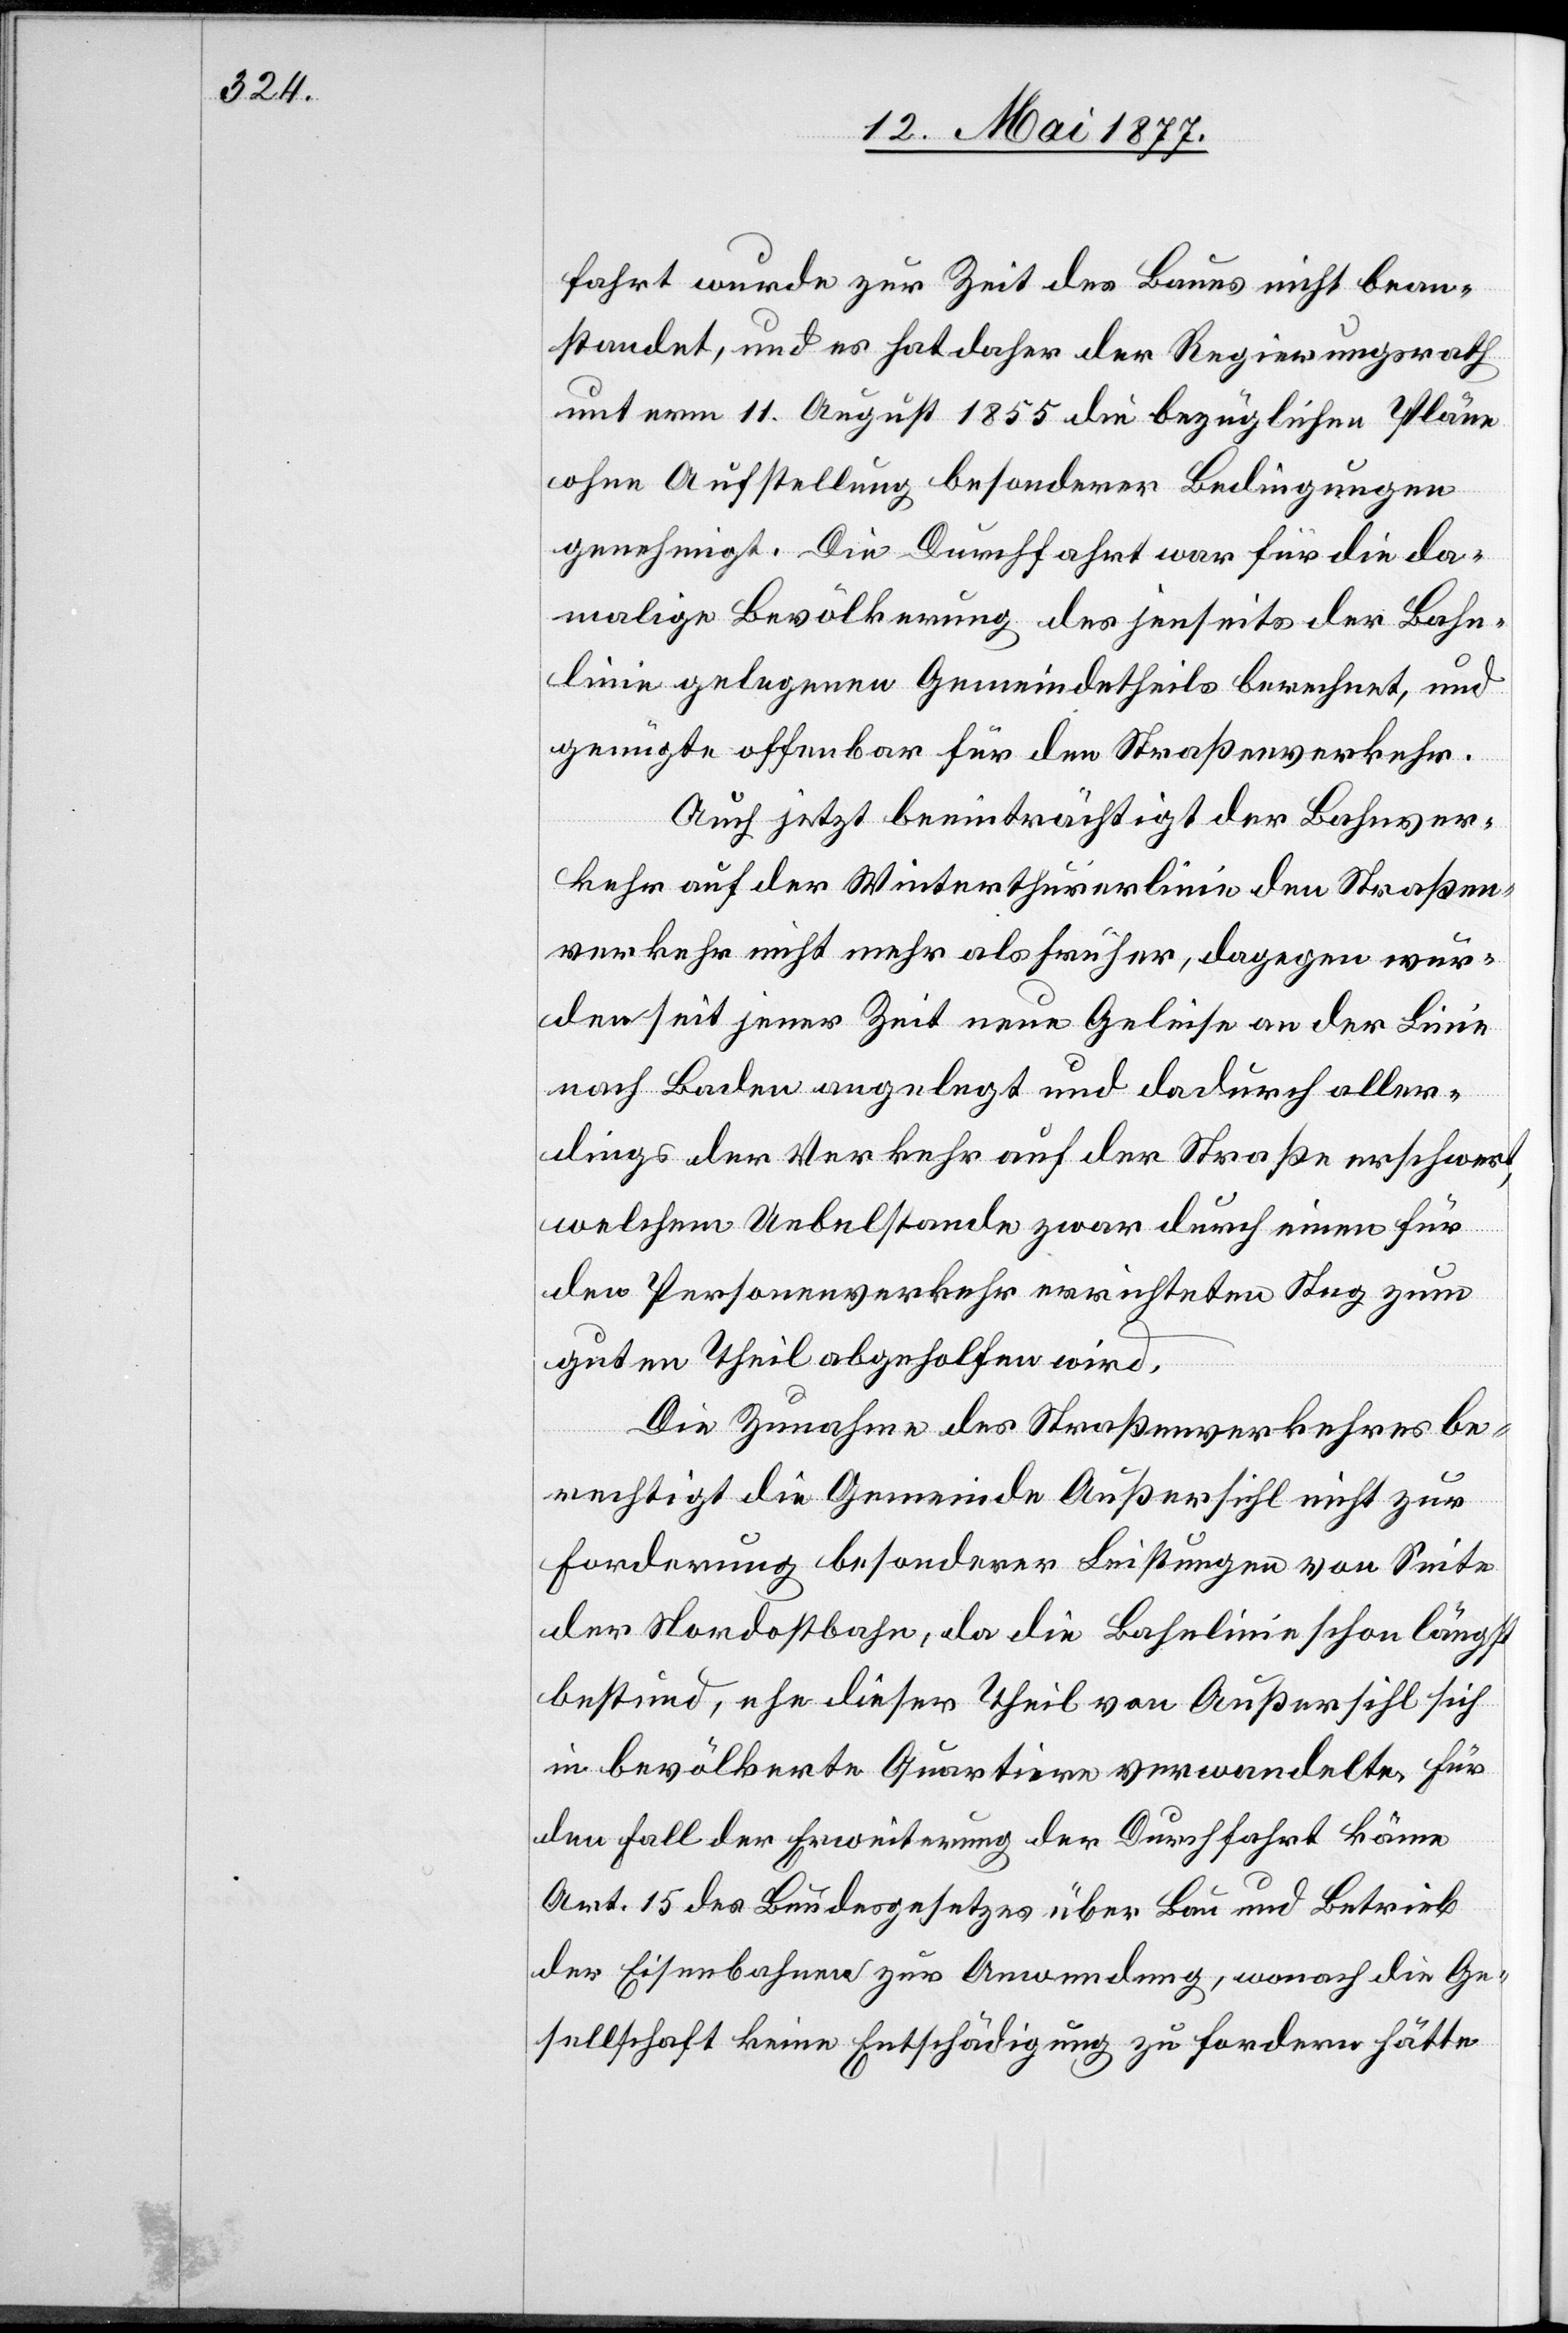
fahrt wurde zur Zeit des Baues nicht bean¬
standet, und es hat daher der Regierungsrath
unterm 11. August 1855 die bezüglichen Pläne
ohne Aufstellung besonderer Bedingungen
genehmigt. Die Durchfahrt war für die da¬
malige Bevölkerung des jenseits der Bahn¬
linie gelegenen Gemeindetheils berechnet, und
genügte offenbar für den Straßenverkehr.
Auch jetzt beeinträchtigt der Bahnver¬
kehr auf der Winterthurerlinie den Straßen¬
verkehr nicht mehr als früher, dagegen wür¬
den seit jener Zeit neue Geleise an der Linie
nach Baden angelegt und dadurch aller¬
dings der Verkehr auf der Straße erschwert,
welchem Uebelstande zwar durch einen für
den Personenverkehr errichteten Steg zum
guten Theil abgeholfen wird.
Die Zunahme des Straßenverkehres be¬
rechtigt die Gemeinde Außersihl nicht zur
Forderung besonderer Leistung von Seite
der Nordostbahn, da die Bahnlinie schon längst
bestand, ehe dieser Theil von Außersihl sich
in bevölkerte Quartiere verwandelte. Für
den Fall der Erweiterung der Durchfahrt käme
Art. 15 des Bundesgesetzes über Bau und Betrieb
der Eisenbahnen zur Anwendung, wonach die Ge¬
sellschaft keine Entschädigung zu fordern hätte